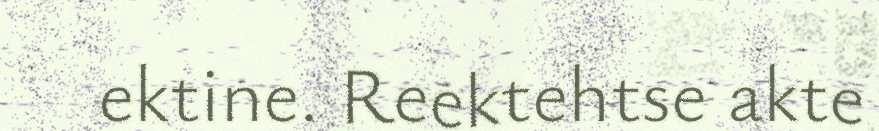
ektine. Reektehtse akte